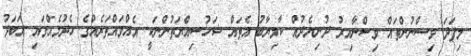
މިފަދަ ވިސްނުންތައް ވިސްނާއިރު ދުނިޔެދުއް ކާމިޔާބު އެތައް ޝަހުސިއްޔަތުންނަކީ އެއްވައްތަރެއްގެ ހެދުމެއްގައި އަބަދު